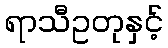
ရာသီဥတုနှင့်